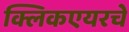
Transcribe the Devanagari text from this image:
क्लिकएयरचे